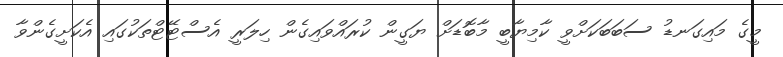
މީގެ މައިގަނޑު ސަބަބަކަށްވީ ކާމިޔާބީ މާބޮޑަށް ޔަގީން ކުރައްވައިގެން ހިލަރީ އެސްޓޭޓްތަކުގައި އެކަށީގެންވާ